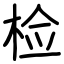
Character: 检